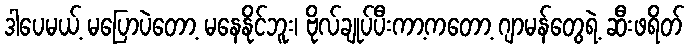
ဒါပေမယ့် မပြောပဲတော့ မနေနိုင်ဘူး၊ ဗိုလ်ချုပ်ပီးကာ့ကတော့ ဂျာမန်တွေရဲ့ ဆီးဖရိတ်